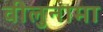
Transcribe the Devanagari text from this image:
वीलुनामा